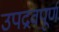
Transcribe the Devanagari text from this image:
उपद्रवपूर्ण